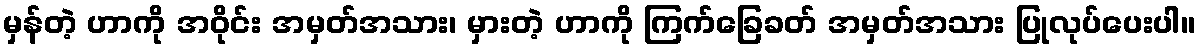
မှန်တဲ့ ဟာကို အဝိုင်း အမှတ်အသား၊ မှားတဲ့ ဟာကို ကြက်ခြေခတ် အမှတ်အသား ပြုလုပ်ပေးပါ။